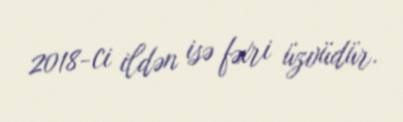
2018-ci ildən isə fəxri üzvüdür.